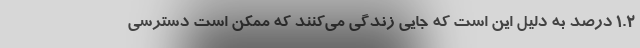
۱.۲ درصد به دلیل این است که جایی زندگی می‌کنند که ممکن است دسترسی